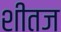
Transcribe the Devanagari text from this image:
शीतज